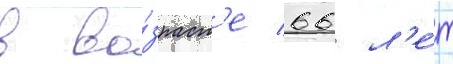
в во́зраст'е 66 л'е́т